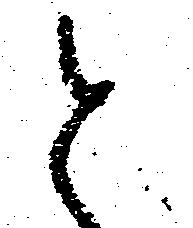
と